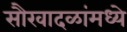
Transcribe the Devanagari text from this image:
सौरवादळांमध्ये